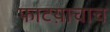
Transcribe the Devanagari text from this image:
फाटय़ाचाच